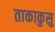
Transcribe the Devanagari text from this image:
ताकाकुसु